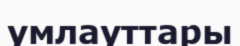
умлауттары